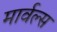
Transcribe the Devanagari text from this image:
मार्वल्स